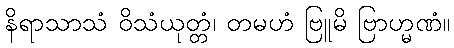
နိရာသာသံ ဝိသံယုတ္တံ၊ တမဟံ ဗြူမိ ဗြာဟ္မဏံ။